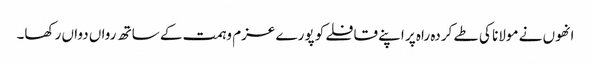
انھوں نے مولانا کی طے کردہ راہ پر اپنے قافلے کو پورے عزم وہمت کے ساتھ رواں دواں رکھا۔